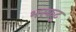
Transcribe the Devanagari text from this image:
भरकटू